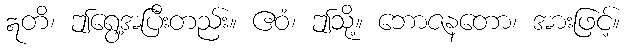
ဣတိ၊ ဤရွေ့အပြီးတည်း။ ဧဝံ၊ ဤသို့။ ဘောဇနတော၊ အားဖြင့်။